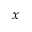
x